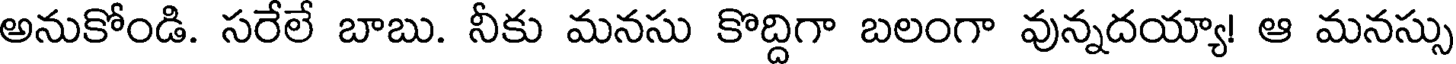
అనుకోండి. సరేలే బాబు. నీకు మనసు కొద్దిగా బలంగా వున్నదయ్యా! ఆ మనస్సు